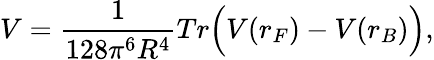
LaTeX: V=\frac{1}{128\pi^{6}R^{4}}Tr\Bigl(V(r_{F})-V(r_{B})\Bigr),